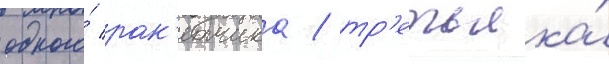
одного́ рак'етчика / тр'етьяка́